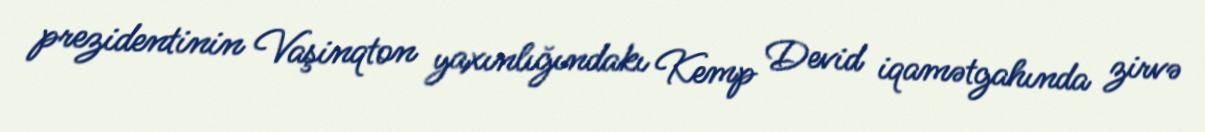
prezidentinin Vaşinqton yaxınlığındakı Kemp Devid iqamətgahında zirvə